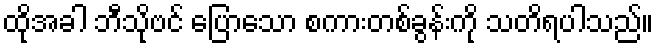
ထိုအခါ ဘီသိုဗင် ပြောသော စကားတစ်ခွန်းကို သတိရပါသည်။